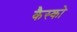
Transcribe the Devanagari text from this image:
कैस्को